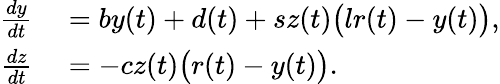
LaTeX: \begin{array}{rl}{\frac{dy}{dt}}&{{}=by(t)+d(t)+sz(t)\big(lr(t)-y(t)\big),}\\ {\frac{dz}{dt}}&{{}=-cz(t)\big(r(t)-y(t)\big).}\end{array}